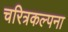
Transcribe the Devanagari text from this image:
चरित्रकल्पना